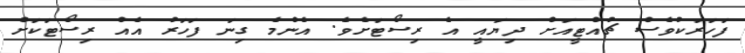
ފަހަރަކުވެސް ޗުއްޓީއަށް ދިޔައީ އެ ރިސޯޓަށެވެ. އެންމެ ގިނަ ފަހަރު އެއް ރިސޯޓަކަށް